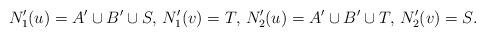
LaTeX: \begin{align*}N'_1(u) = A'\cup B'\cup S,\, N'_1(v) = T, \, N'_2(u) = A'\cup B'\cup T,\, N'_2(v) = S.\end{align*}